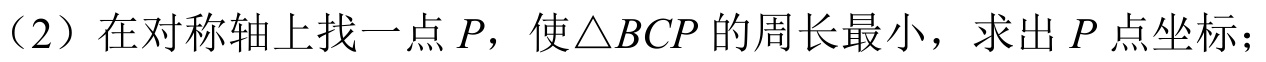
（2）在对称轴上找一点\(P\)，使\(\triangle BCP\)的周长最小，求出\(P\)点坐标；